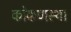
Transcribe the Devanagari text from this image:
कोकणस्थ।